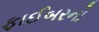
ફાઈબરનો